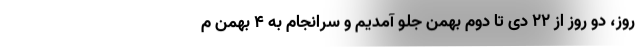
روز‌، دو روز از 22 دی تا دوم بهمن جلو آمدیم و سرانجام به 4 بهمن م